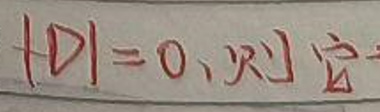
$|D| = 0, $则$ \overrightarrow {a}$